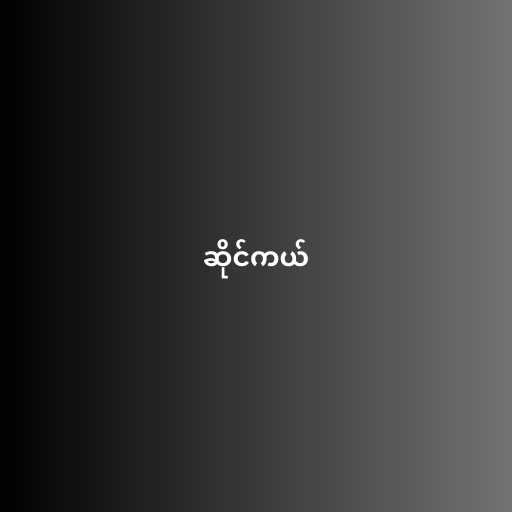
ဆိုင်ကယ်